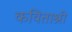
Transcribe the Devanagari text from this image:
कविताश्री